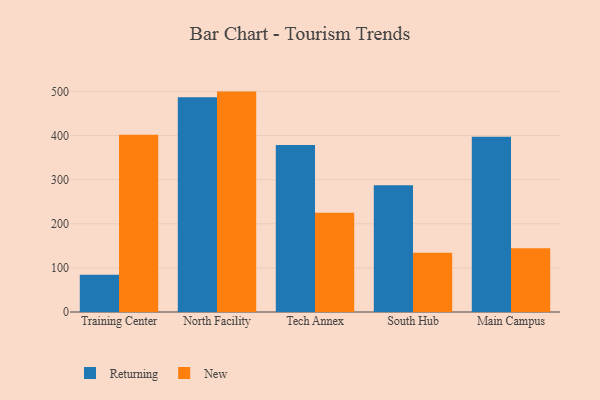
{"axis": {"x": "Campus", "y": "Energy Usage (MWh)"}, "legend": ["New", "Returning"], "data": [{"x": "Training Center", "y": 84.6, "type": "Returning"}, {"x": "Training Center", "y": 401.7, "type": "New"}, {"x": "North Facility", "y": 486.7, "type": "Returning"}, {"x": "North Facility", "y": 499.7, "type": "New"}, {"x": "Tech Annex", "y": 378.4, "type": "Returning"}, {"x": "Tech Annex", "y": 224.9, "type": "New"}, {"x": "South Hub", "y": 287.6, "type": "Returning"}, {"x": "South Hub", "y": 134.6, "type": "New"}, {"x": "Main Campus", "y": 397.3, "type": "Returning"}, {"x": "Main Campus", "y": 144.3, "type": "New"}]}